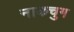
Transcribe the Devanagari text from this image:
नाकचुग